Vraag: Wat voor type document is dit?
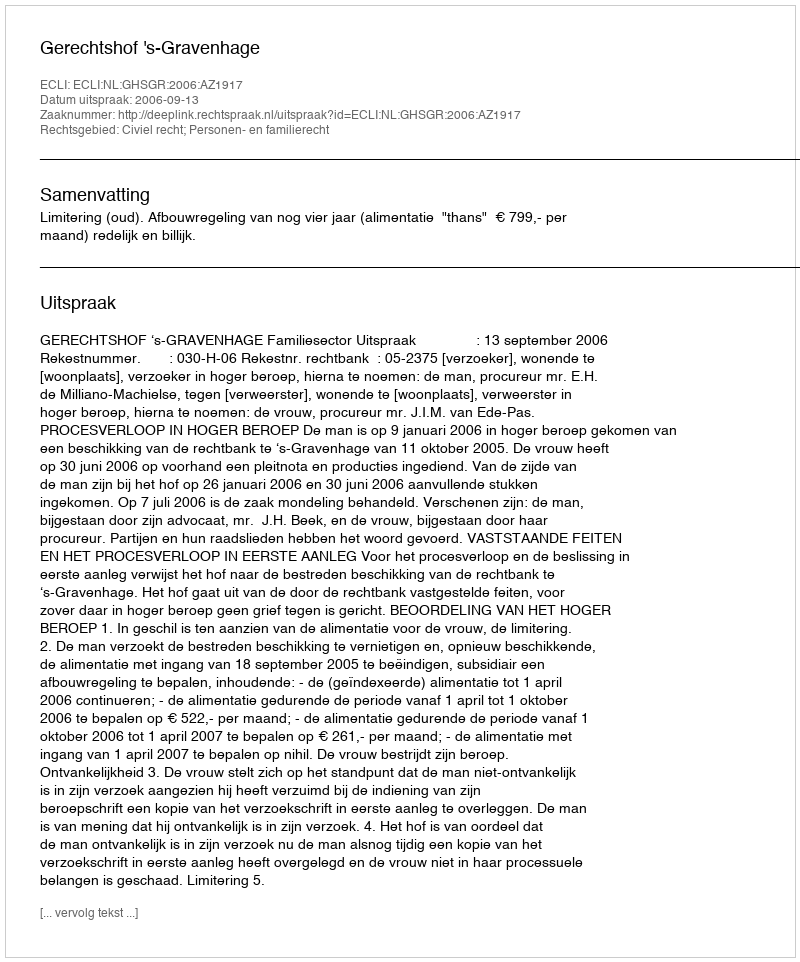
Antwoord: Uitspraak